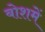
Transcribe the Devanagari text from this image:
बोशमें